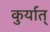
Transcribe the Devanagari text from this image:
कुर्यात्‌